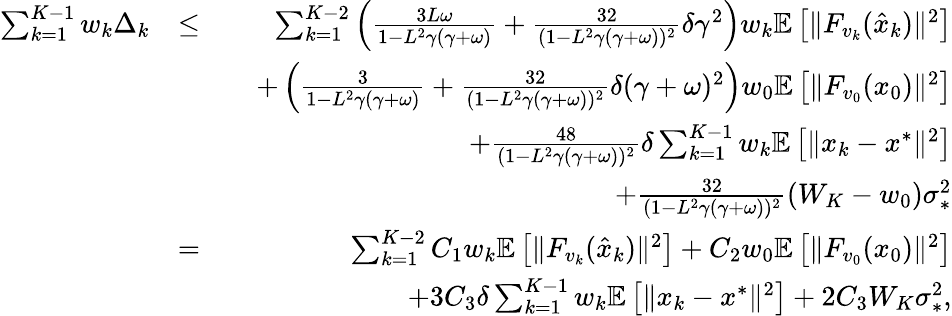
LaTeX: \begin{array}{rlr}{\sum_{k=1}^{K-1}w_{k}\Delta_{k}}&{\leq}&{\sum_{k=1}^{K-2}\left(\frac{3L\omega}{1-L^{2}\gamma(\gamma+\omega)}+\frac{32}{(1-L^{2}\gamma(\gamma+\omega))^{2}}\delta\gamma^{2}\right)w_{k}\mathbb{E}\left[\| F_{v_{k}}(\hat{x}_{k})\| ^{2}\right]}\\ &{}&{\quad+\left(\frac{3}{1-L^{2}\gamma(\gamma+\omega)}+\frac{32}{(1-L^{2}\gamma(\gamma+\omega))^{2}}\delta(\gamma+\omega)^{2}\right)w_{0}\mathbb{E}\left[\| F_{v_{0}}(x_{0})\| ^{2}\right]}\\ &{}&{\quad+\frac{48}{(1-L^{2}\gamma(\gamma+\omega))^{2}}\delta\sum_{k=1}^{K-1}w_{k}\mathbb{E}\left[\| x_{k}-x^{*}\| ^{2}\right]}\\ &{}&{\quad+\frac{32}{(1-L^{2}\gamma(\gamma+\omega))^{2}}(W_{K}-w_{0})\sigma_{*}^{2}}\\ &{=}&{\sum_{k=1}^{K-2}C_{1}w_{k}\mathbb{E}\left[\| F_{v_{k}}(\hat{x}_{k})\| ^{2}\right]+C_{2}w_{0}\mathbb{E}\left[\| F_{v_{0}}(x_{0})\| ^{2}\right]}\\ &{}&{\quad+3C_{3}\delta\sum_{k=1}^{K-1}w_{k}\mathbb{E}\left[\| x_{k}-x^{*}\| ^{2}\right]+2C_{3}W_{K}\sigma_{*}^{2},}\end{array}